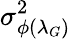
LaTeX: \sigma_{\phi(\lambda_{G})}^{2}